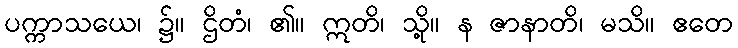
ပက္ကာသယေ၊ ၌။ ဌိတံ၊ ၏။ ဣတိ၊ သို့။ န ဇာနာတိ၊ မသိ။ ဧတေ